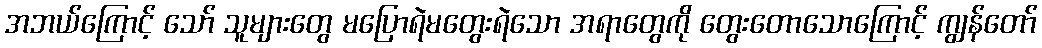
အဘယ်ကြောင့် သော် သူများတွေ မပြောရဲမတွေးရဲသော အရာတွေကို တွေးတောသောကြောင့် ကျွန်တော်